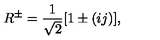
R ^ { \pm } = \frac { 1 } { \sqrt { 2 } } [ 1 \pm ( i j ) ] ,